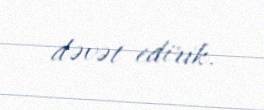
dəvət edirik.